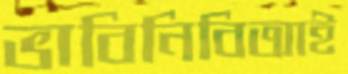
ভাবিনিবিআই